Report on sanitation, dispensaries, and jails in Rajputana for 1916, and on vaccination for the year 1916-1917 - 1916-1917
Year: 1916
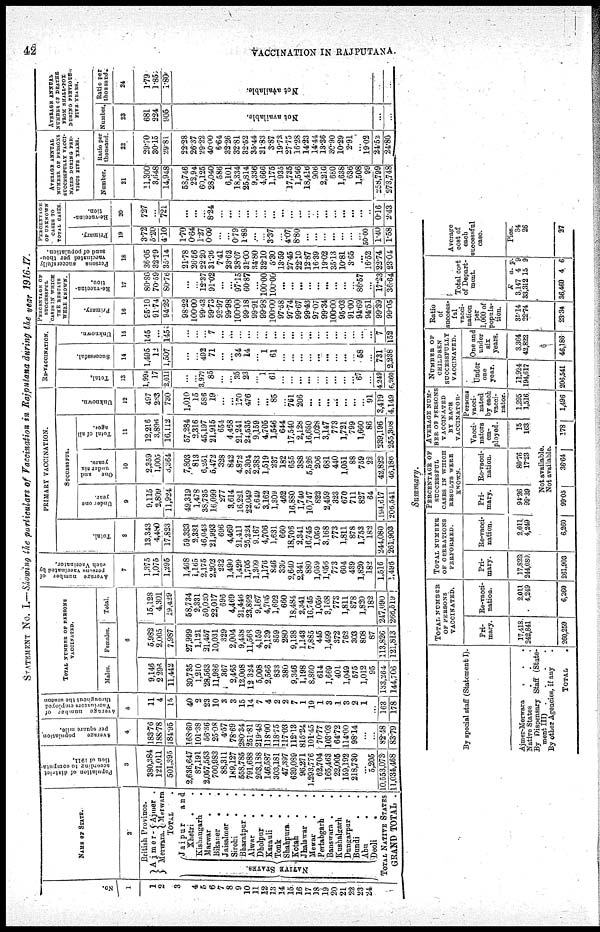
42
VACCINATION IN RAJPUTANA.
STATEMENT No. I.—Showing the particulars of Vaccination in Rajputana during the year 1916-17.
No.
1
1
2
3
4
5
6
7
8
9
10
11
12
13
14
15
16
17
18
19
20
21
22
23
24
NAME OF STATE.
2
British Province.
Ajmer - Ajmer .
Merwara. Merwara
TOTAL .
NATIVE STATES.
Jaipur
and
Khetri . .
Kishangarh .
Marwar
. .
Bikaner . .
Jaisalmer . .
Sirohi . .
Bharatpur .
.
Alwar
. . .
Dholpur . .
Karauli . .
Tonk . .
Shahpura. .
Kotah . .
Jhalawar .
.
Mewar . .
Pertabgarh . .
Banswara .
.
Kushalgarh . .
Dungarpur . .
Bundi . .
Abu . .
Deoli . . .
TOTAL NATIVE STATES
GRAND TOTAL .
Population of district
according to computa-
tion of 1911.
3
380,384
121,011
501,395
2,636,647
87,191
2,057,553
700,983
88,311
189,127
558,785
791,688
263,188
146,587
303,181
47,397
639,089
96,271
1,293,776
62,704
165,463
22,005
159,192
218,730
...
5,205
10,553,073
11,034,468
Average
population
per square mile.
4
183.76
188.78
184.95
168.60
101.38
56.36
25.08
4.57
78.69
280.34
251.81
219.48
118.00
118.75
117.03
112.13
815.24
101.45
70.77
103.03
64.72
114.00
98.14
...
...
82.48
83.79
Average number
of
Vaccinators employed
throughout the season
5
11
4
15
40
2
23
10
3
3
15
14
7
4
2
2
7
1
19
1
3
1
3
2
1
...
163
178
TOTAL NUMBER OF PERSONS
VACCINATED.
Males.
Females.
Total.
6
9,146
2,296
11,442
30,735
1,210
28,563
11,986
367
2,465
12,008
12,324
5,008
2,566
833
380
9,346
1,198
8,860
614
1,669
401
1,049
575
1,012
95
133,264
144,706
5,982
2,005
7,987
27,999
1,121
21,457
10,031
329
2,004
9,438
11,568
4,159
2,139
859
280
9,138
1,143
7,885
445
1,499
372
762
303
808
87
113,826
121,813
15,128
4,301
19,429
58,734
2,331
50,020
22,017
696
4,469
21,446
23,892
9,167
4,705
1,692
660
18,484
2,341
16,745
1,059
3,168
773
1,811
878
1,820
182
247,090
266,519
Àverage number of
persons vaccinated by-
each Vaccinator.
7
1,375
1,075
1,295
1,468
1,165
2,175
2,202
232
1,490
1,429
1,705
1,309
1,176
846
330
2,640
2,341
880
1,059
1,056
773
604
439
1,820
182
1,516
1,496
PRIMARY VACCINATION.
Total.
8
13,343
4,480
17,823
59,333
2,331
46,043
21,993
696
4,469
21,411
25,224
9,167
4,706
1,631
660
18,706
2,341
16,745
1,059
3,168
773
1,811
878
1,753
182
244,080
261,903
SUCCESSFUL.
Under one
year.
9
9,115
2,809
11,924
49,319
1,478
38,735
16,099
277
3,614
16,221
22,049
6,649
3,162
1,309
462
16,880
1,740
10,747
822
2,459
323
670
711
827
64
194,617
206,541
One
and
under six
years.
10
2,359
1,005
3,364
7,803
813
6,251
5,472
328
842
4,872
2,304
2,383
1,519
237
182
655
388
5,526
206
681
440
1,051
88
759
22
42,822
46,186
Total of all
ages.
11
12,216
3,896
16,112
57,284
2,316
45,197
21,915
654
4,468
21,241
24,535
9,159
4,705
1,546
644
17,540
2,128
16,650
1,028
3,147
773
1,721
799
1,660
86
239,196
255,308
Unknown.
12
497
233
730
1,010
15
586
19
...
...
170
476
...
...
85
...
761
206
...
...
...
...
...
...
...
91
3,419
4,149
RE-VACCINATION.
Total.
13
1,994
17
2,011
...
...
3,977
85
...
...
35
23
...
1
61
...
...
...
...
...
...
...
...
...
67
...
4,249
6,260
Successful.
14
1,495
12
1,507
...
...
492
71
...
...
34
14
...
1
61
...
...
...
...
...
...
...
...
...
58
...
731
2,238
Unknown.
15
145
...
145
...
...
...
7
...
...
...
...
...
...
...
...
...
...
...
...
...
...
...
...
...
...
7
152
PERCENTAGE OF
SUCCESSFUL
CASES IN WHICH
THE RESULTS
WERE KNOWN.
Primary.
16
95.10
91.74
94.26
98.22
100.00
99.43
99.73
93.97
99.98
100.00
99.18
99.91
99.98
100.00
97.58
97.74
99.67
99.43
97.07
99.34
100.00
95.03
91.00
94.69
94.51
99.39
99.05
Re-vaccina¬
tion.
17
80.86
70.59
80.76
...
...
12.37
91.02
...
...
97.15
60.87
...
100.00
100.00
...
...
...
...
...
...
...
...
...
86.57
...
17.23
36.64
Persons successfully
Vaccinated per thou¬
sand of population.
18
36.05
32.29
35.14
21.78
26.56
22.20
31.36
7.41
23.62
38.07
31.00
34.80
32.10
5.30
13.69
27.45
22.10
12.87
16.39
19.02
35.13
10.81
3.65
...
16.52
22.74
23.04
PERCENTAGE
OF UNKNOWN
CASES TO
TOTAL CASES.
Primary.
19
3.72
5.20
4.10
1.70
0.64
1.27
0.09
...
...
0.79
1.89
...
...
3.37
...
4.07
8.80
...
...
...
...
...
...
...
50.00
1.40
1.58
Re-vaccina¬
tion.
20
727
...
721
...
...
...
8.24
...
...
...
...
...
...
...
...
...
...
...
...
...
...
...
...
...
..
0.16
2.43
AVERAGE ANNUAL
NUMBUR OF PERSONS
SUCCESSFULLY VACCI¬
NATED DURING PRE¬
VIOUS FIVE YEARS.
Number.
21
11,300
3,648
14,948
58,746
22.94
60,125
28,040
586
6,101
18,334
25,814
9,336
4,666
1,175
935
17,735
1,566
18,416
906
2,210
680
1,638
636
1,508
99
258,799
273,748
Ratio per
thousand.
22
29.70
30.15
29.81
22.28
26.37
29.22
40.00
6.64
32.26
32.81
32.52
35.44
31.83
3.87
19.73
27.75
16.28
14.23
14.44
13.36
30.90
10.29
2.91
...
19.02
24.52
24.80
AVERAGE ANNUAL
NUMBER OF DEATHS
FROM SMALL-POX
DURING PREVIOUS
FIVE YEARS.
Number.
23
681
224
905
Not available.
...
...
Ratio per
thousand
24
1.79
1.85
1.80
Not available.
Summary.
By special staff (Statement I).
Àjmer-Merwara . . . .
Native States . . .
By Dispensary Staff (State-
ment III) .
.
.
.
By other Agencies, if any .
TOTAL .
TOTAL NUMBER
OF PERSONS
VACCINATED.
Pri-
mary.
17,418
242,841
260,259
Re-vacci¬
nation.
2,011
4,249
6,260
TOTAL NUMBER
OF OPERATIONS
PERFORMED.
Pri-
mary.
17,823
244,080
261,903
Re-vacci-
nation.
2,011
4,249
PERCENTAGE OF
SUCCESSFUL
CASES IN WHICH
RESULTS WERE
KNOWN.
Pri-
mary.
94.26
99.39
Re-vacci-
nation.
80.76
17.23
AVERAGE NUM¬
BER OF PERSONS
VACCINATED
BY EACH
VACCINATOR.
Vacci-
nators
em-
ployed.
15
163
Persons
vacci-
nated
by each
vacci¬
nator.
1,295
1,516
Not available.
Not available.
6,260
99.05
36.64
178
1,496
NUMBER OF
CHILDREN
SUCCESSFULLY
VACCINATED.
Under
one
year.
11,924
194,617
206,541
One and
under
six
years.
3,364
42,822
46,186
Ratio
of
success¬
ful
vacci-
nation
per
1,000 of
popula-
tion.
35.14
22.74
23.34
Total cost
of Depart-
ment.
R
3,147
33,312
36,460
a.
4
15
4
p. 9
9
6
Average
cost of
each
successful
case.
Pies.
34
26
27